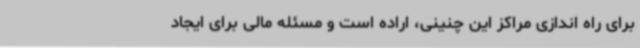
برای راه اندازی مراکز این چنینی، اراده است و مسئله مالی برای ایجاد